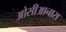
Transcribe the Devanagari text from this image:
ओसीआनास